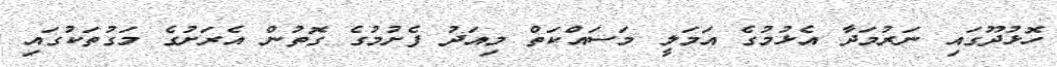
ހޮޅުދޫގައި ނަރުމަދާ އެޅުމުގެ އަމަލީ މަސައްކަތް މިއަދު ފެށުމުގެ ގޮތުން އެރަށުގެ މަގުތަކުގައި